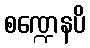
စဏ္ဍေနပိ